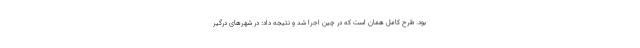
بود. طرح کامل همان است که در چین اجرا شد و نتیجه داد: در شهرهای درگیر